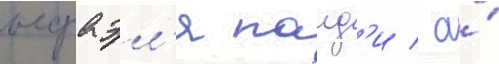
исраэл'я палд'и / а́